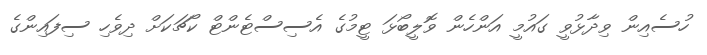
ހުސެއިން ވިދާޅުވީ ގައުމީ އަންހެން ވޮލީބޯޅަ ޓީމުގެ އެސިސްޓެންޓް ކޯޗަކަށް ދިވެހި ސިފައިންގެ